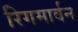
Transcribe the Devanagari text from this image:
रिगमार्वन